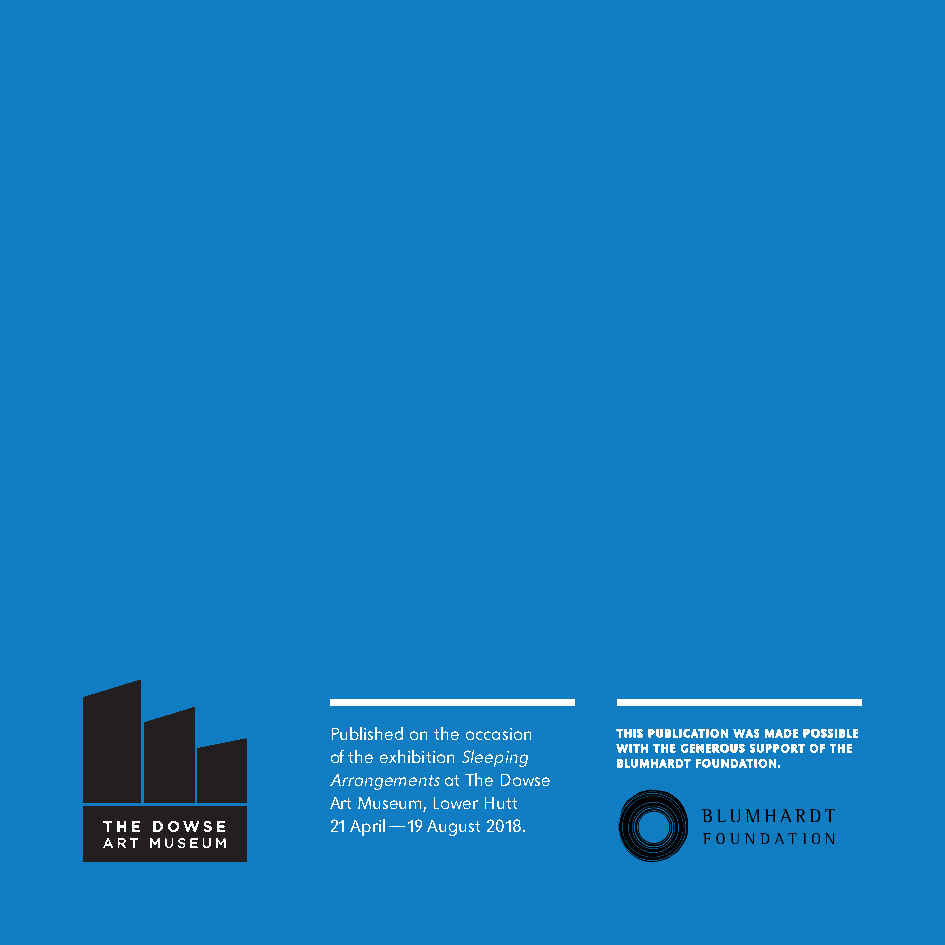
Published on the occasion This publicATion wAs MADe possible
 of the exhibition Sleeping wiTh The generous supporT of The
 bluMhArDT founDATion.
 Arrangements at The Dowse
 Art Museum, Lower Hutt
 21 April—19 August 2018.